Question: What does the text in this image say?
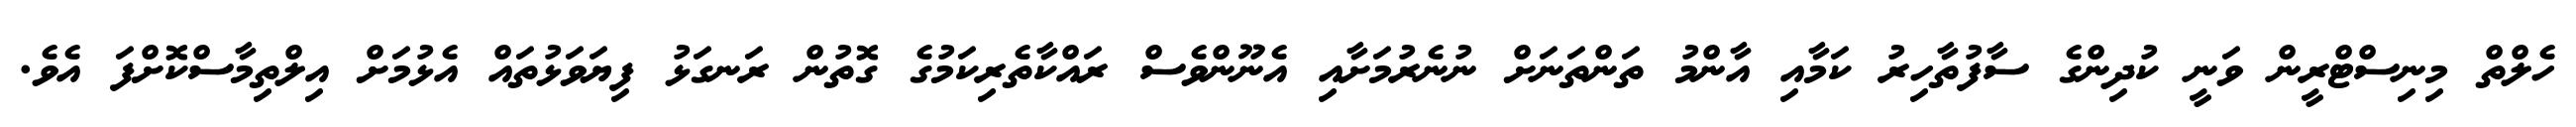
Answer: ހެލްތް މިނިސްޓްރީން ވަނީ ކުދިންގެ ސާފުތާހިރު ކަމާއި އާންމު ތަންތަނަށް ނުނެރުމަށާއި އެނޫންވެސް ރައްކާތެރިކަމުގެ ގޮތުން ރަނގަޅު ފިޔަވަޅުތައް އެޅުމަށް އިލްތިމާސްކޮށްފަ އެވެ.